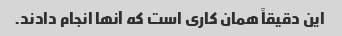
این دقیقاً همان کاری است که آنها انجام دادند.